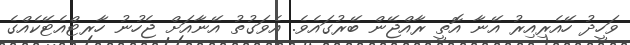
ވަހީދު ހޭއެރިއިރު އޭނާ އޮތީ ރާއްޖޭން ބޭރުގައެވެ. އެވަގުތު އޭނާއަށް ޖެހުނު ހާރޓްއެޓޭކެއްގެ